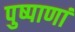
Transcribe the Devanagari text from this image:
पुष्पाणां